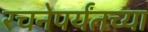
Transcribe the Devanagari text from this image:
रचनेपर्यंतच्या